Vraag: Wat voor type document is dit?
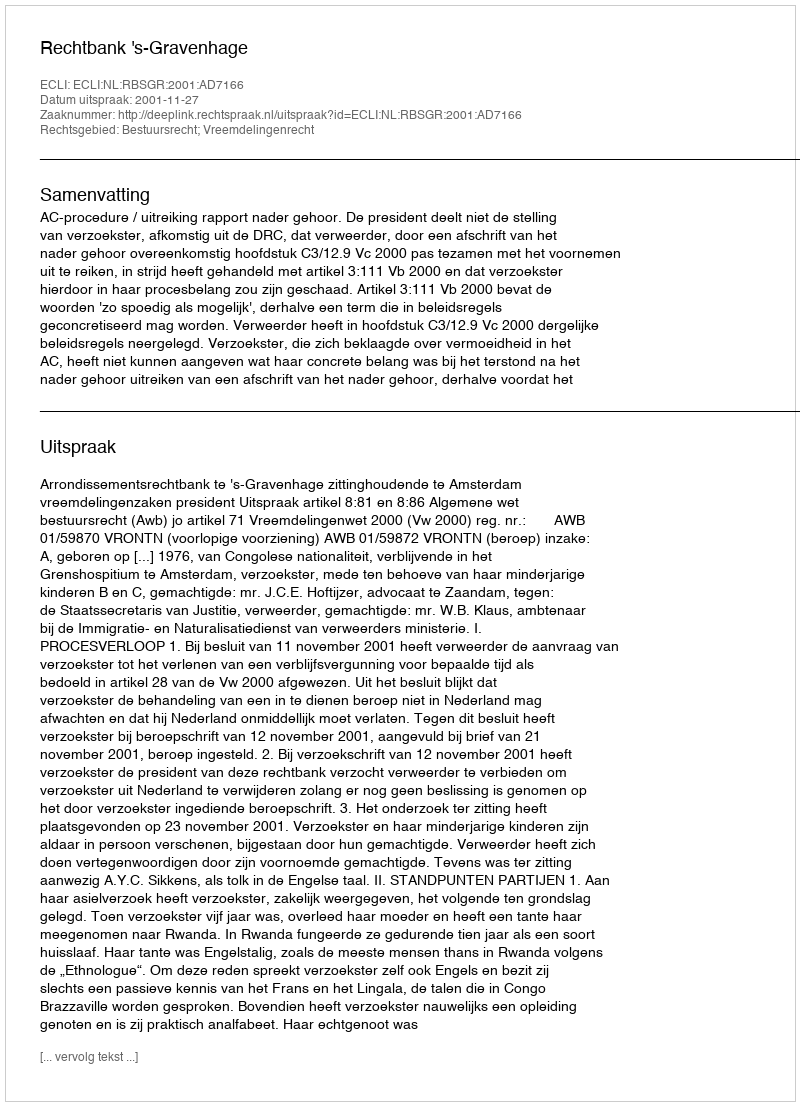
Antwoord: Uitspraak